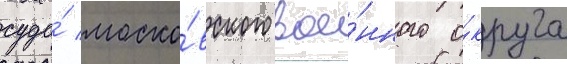
суда́ моско́вского вое́нного о́круга